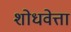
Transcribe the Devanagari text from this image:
शोधवेत्ता